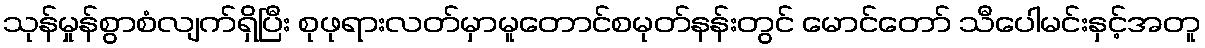
သုန်မှုန်စွာစံလျက်ရှိပြီး စုဖုရားလတ်မှာမူတောင်စမုတ်နန်းတွင် မောင်တော် သီပေါမင်းနှင့်အတူ